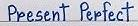
Present Perfect